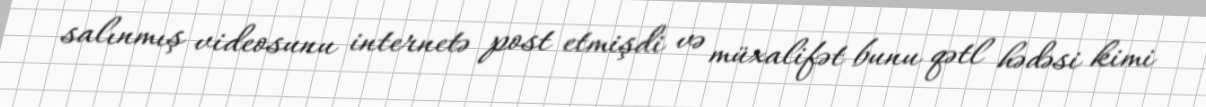
salınmış videosunu internetə post etmişdi və müxalifət bunu qətl hədəsi kimi